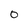
Character: 0